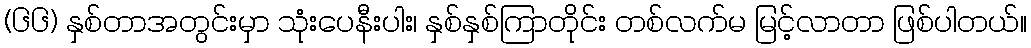
(၆၆) နှစ်တာအတွင်းမှာ သုံးပေနီးပါး၊ နှစ်နှစ်ကြာတိုင်း တစ်လက်မ မြင့်လာတာ ဖြစ်ပါတယ်။